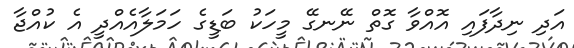
އަދި ނިދާފައި އޮއްވާ ގޮތް ނޭނގޭ މީހަކު ބަޑީގެ ހަމަލާއެއްދީ އެ ކުއްޖާ